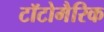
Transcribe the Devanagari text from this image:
टॉटोमैरिक